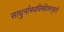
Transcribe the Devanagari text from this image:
साधुर्नामवधिर्महेश्‍वरकृती